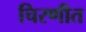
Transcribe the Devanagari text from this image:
चिरणीत